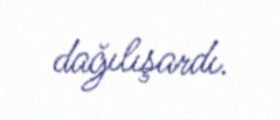
dağılışardı.